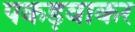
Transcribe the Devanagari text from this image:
पकड़वाकर